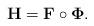
LaTeX: \begin{align*}\mathbf{H} = \mathbf{F} \circ \mathbf{\Phi}.\end{align*}